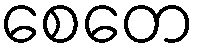
စေတေ